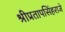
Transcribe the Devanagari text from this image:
श्रीप्रतापसिंहराजे